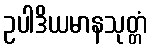
ဥပါဒိယမာနသုတ္တံ